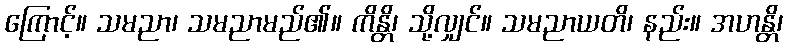
ကြောင့်။ သမညာ၊ သမညာမည်၏။ ကိန္တိ၊ သို့လျှင်။ သမညာယတိ၊ နည်း။ အဟန္တိ၊